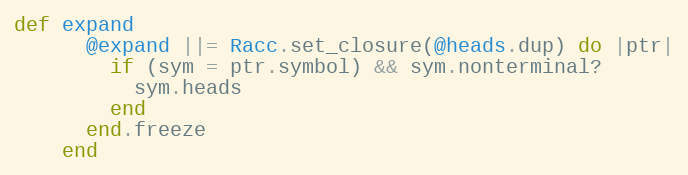
Language: Ruby
def expand
      @expand ||= Racc.set_closure(@heads.dup) do |ptr|
        if (sym = ptr.symbol) && sym.nonterminal?
          sym.heads
        end
      end.freeze
    end